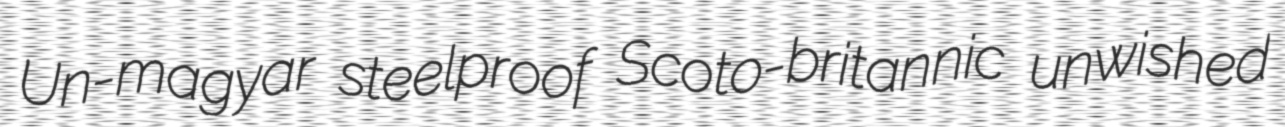
Un-magyar steelproof Scoto-britannic unwished